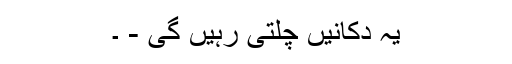
یہ دکانیں چلتی رہیں گی - ۔